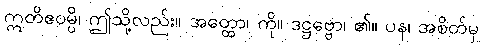
ဣတိဧဝမ္ပိ၊ ဤသို့လည်း။ အတ္ထော၊ ကို။ ဒဋ္ဌဗ္ဗော၊ ၏။ ပန၊ အစိတ်မှ